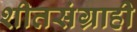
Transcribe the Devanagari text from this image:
शीतसंग्राही